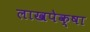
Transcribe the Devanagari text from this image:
लाखपेक्षा